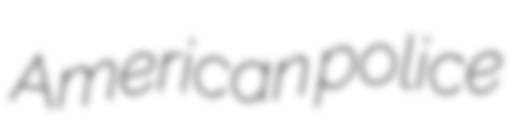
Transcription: American police